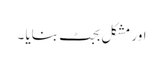
اور مشکل بجٹ بنایا ۔